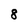
Character: 8